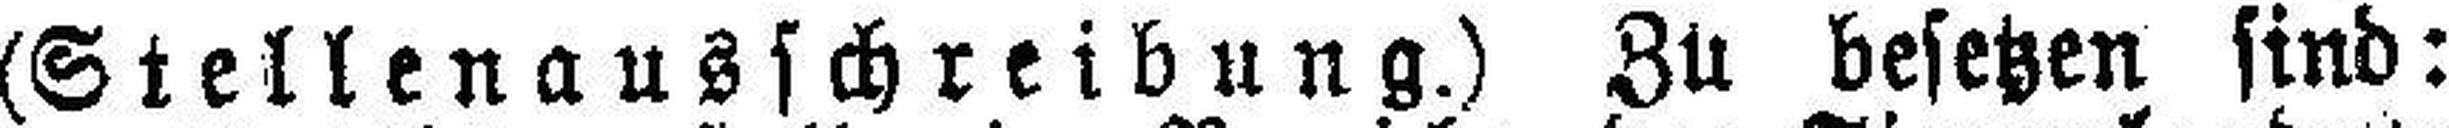
(Stellenausschreibung.) Zu besetzen sind: